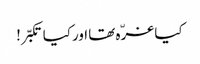
کیا غرّہ تھا اورکیا تکبّر!